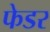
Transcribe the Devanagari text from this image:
फेडर